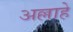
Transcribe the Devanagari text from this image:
अल्लाहे